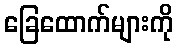
ခြေထောက်များကို